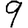
Digit: 9